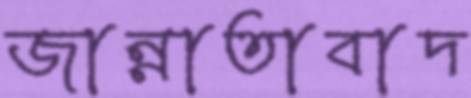
জান্নাতাবাদ